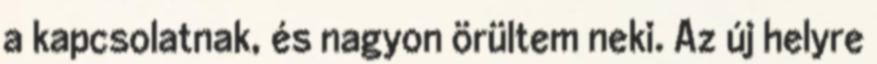
a kapcsolatnak, és nagyon örültem neki. Az új helyre